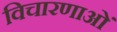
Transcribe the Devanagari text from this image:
विचारणाओं